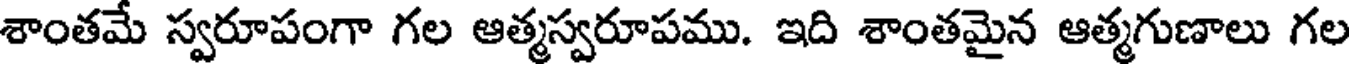
శాంతమే స్వరూపంగా గల ఆత్మస్వరూపము. ఇది శాంతమైన ఆత్మగుణాలు గల